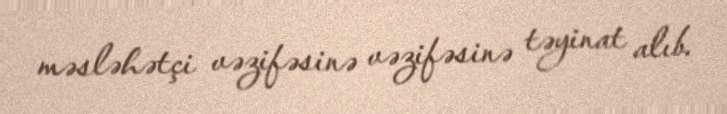
məsləhətçi vəzifəsinə vəzifəsinə təyinat alıb.